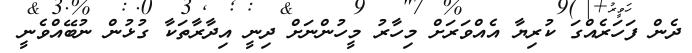
ދެން ފަހަރެއްގަ ކުރިޔާ އެއްވަރަށް މިހާރު މީހުންނަށް ދިނީ އިދާރާތަކާ ގުޅުން ނުބޭއްވެނީ